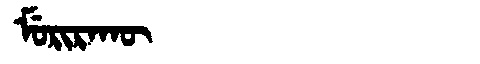
Manchu: ᠮᡠᡵᡳᡵᠠᡴᡡ
Romanization: MURIRAKŪ